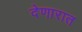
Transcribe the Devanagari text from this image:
देणारात